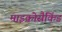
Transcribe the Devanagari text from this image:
माइक्रोसैकिंड